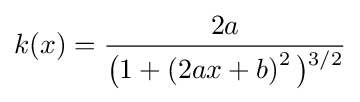
k(x)={\frac {2a}{{\bigl (}1+\left(2ax+b\right)^{2}{\bigr )}{\vphantom {)}}^{3/2}}}